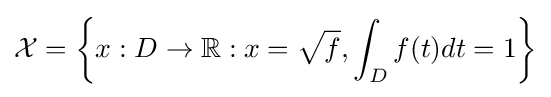
{\mathcal {X}}=\left\{x:D\to \mathbb {R} :x={\sqrt {f}},\int _{D}f(t)dt=1\right\}